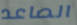
الصاعد